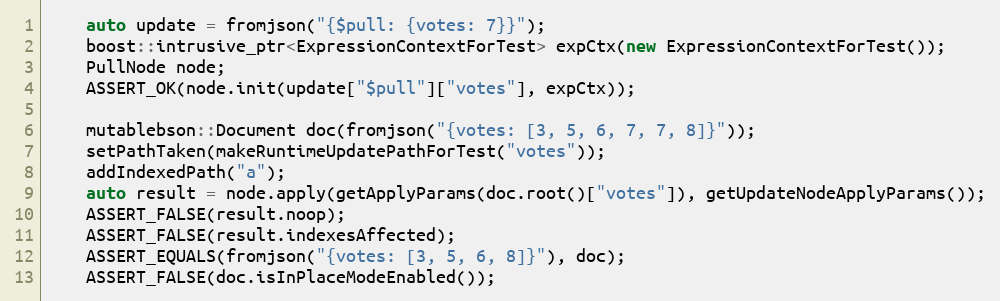
Language: C++
    auto update = fromjson("{$pull: {votes: 7}}");
    boost::intrusive_ptr<ExpressionContextForTest> expCtx(new ExpressionContextForTest());
    PullNode node;
    ASSERT_OK(node.init(update["$pull"]["votes"], expCtx));

    mutablebson::Document doc(fromjson("{votes: [3, 5, 6, 7, 7, 8]}"));
    setPathTaken(makeRuntimeUpdatePathForTest("votes"));
    addIndexedPath("a");
    auto result = node.apply(getApplyParams(doc.root()["votes"]), getUpdateNodeApplyParams());
    ASSERT_FALSE(result.noop);
    ASSERT_FALSE(result.indexesAffected);
    ASSERT_EQUALS(fromjson("{votes: [3, 5, 6, 8]}"), doc);
    ASSERT_FALSE(doc.isInPlaceModeEnabled());